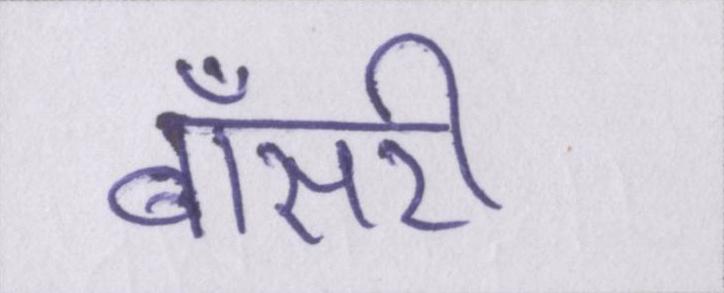
बॉसरी